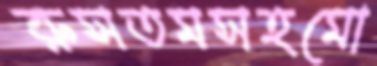
রুসতমসহমো